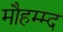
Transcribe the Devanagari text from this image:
मौहम्म्द